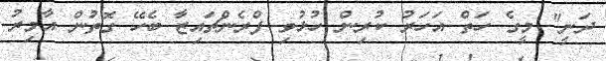
ދަނީ" މީގެ ހަތް އަހަރު ކުރިން ހުޅުވި ފްރެންޗައިޒާ ބެހޭ ގޮތުން އާމިރު